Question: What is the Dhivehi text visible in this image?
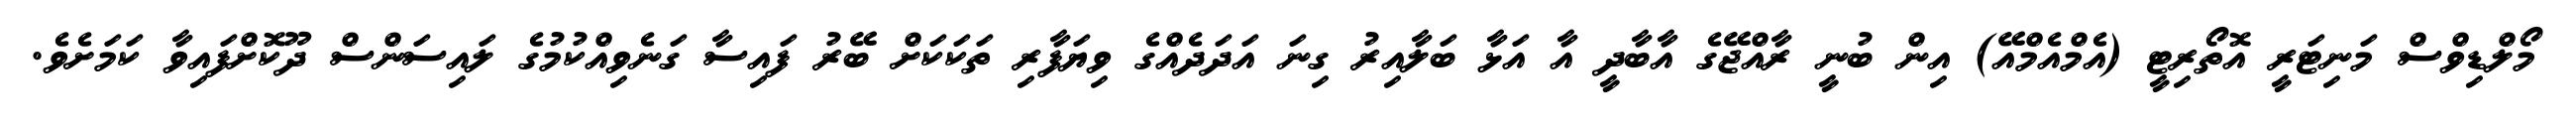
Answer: މޯލްޑިވްސް މަނިޓަރީ އޮތޯރިޓީ (އެމްއެމްއޭ) އިން ބުނީ ރާއްޖޭގެ އާބާދީ އާ އަޅާ ބަލާއިރު ގިނަ އަދަދެއްގެ ވިޔަފާރި ތަކަކަށް ބޭރު ފައިސާ ގަނެވިއްކުމުގެ ލައިސަންސް ދޫކޮށްފައިވާ ކަމަށެވެ.